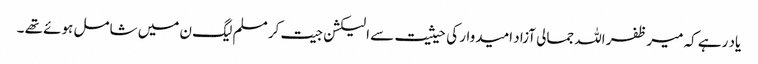
یاد رہے کہ میر ظفر اللہ جمالی آزاد امیدوار کی حیثیت سے الیکشن جیت کر مسلم لیگ ن میں شامل ہوئے تھے ۔